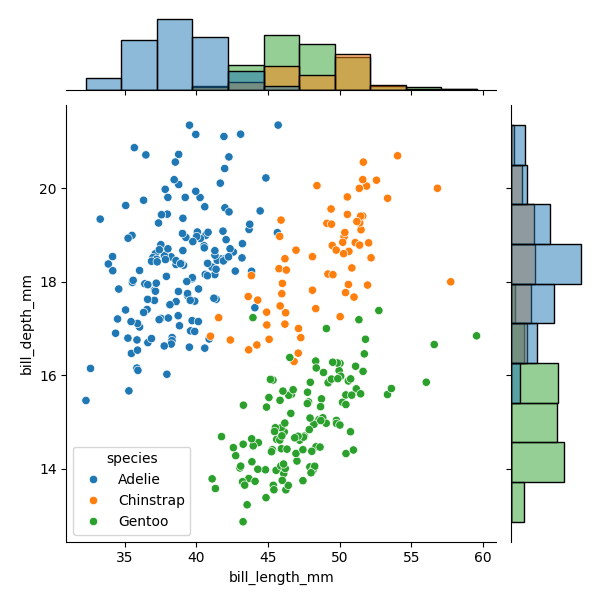
python, seaborn, JointGrid, scatterplot, histplot, hue